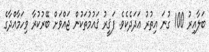
ބަލާއިރު 100 ގުނަ އިތުރު ޢަދަދެކެވެ. ފަޤީރު ޤައުމުތަކުން ޖައްވަށް ބޭރުކުރާ ވިހަމާއްދާގެ